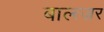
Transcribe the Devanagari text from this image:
बाल्त्ज़र